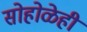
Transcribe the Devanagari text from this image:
सोहोळेही